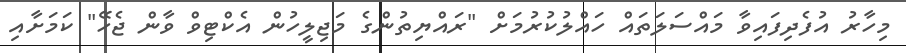
މިހާރު އުފެދިފައިވާ މައްސަލަތައް ހައްލުކުރުމަށް "ރައްޔިތުންގެ މަޖިލީހުން އެކްޓިވް ވާން ޖެހޭ" ކަމަށާއި